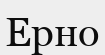
Ерно